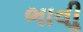
ભાવીૢ